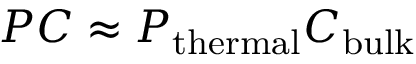
P C \approx P _ { \mathrm { t h e r m a l } } C _ { \mathrm { b u l k } }